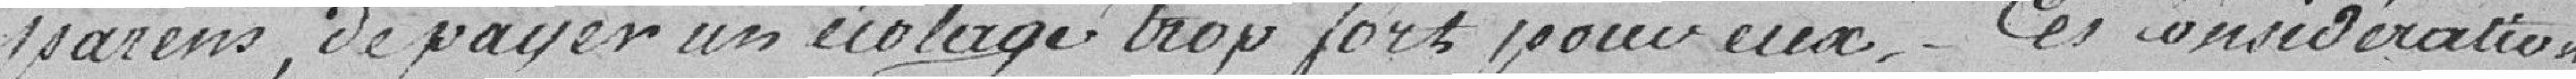
parents, de payer un écolage trop fort pour eux. Ces considérations